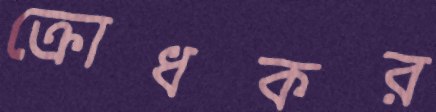
ক্রোধকর